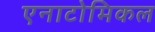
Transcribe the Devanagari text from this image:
एनाटोमिकल